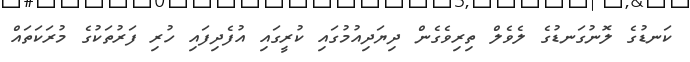
ކަނޑުގެ ލޮނުގަނޑުގެ ލެވެލް ތިރިވެގެން ދިޔަދިއުމުގައި ކުރީގައި އުފެދިފައި ހުރި ފަރުތަކުގެ މުރަކަތައް